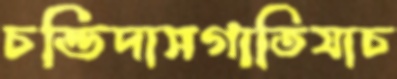
চন্ডিদাসগাতিযাচ